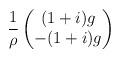
LaTeX: \begin{align*} \frac{1}{\rho} \begin{pmatrix}(1+i)g \\ -(1+i)g \end{pmatrix}\end{align*}